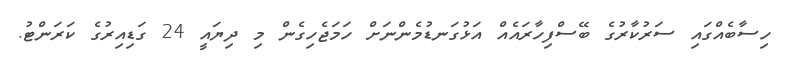
ހިސާބެއްގައި ސަރުކާރުގެ ބޭސްފިހާރައެއް އަޅުގަނޑުމެންނަށް ހަމަޖެހިގެން މި ދިޔައީ 24 ގަޑިއިރުގެ ކަރަންޓު.